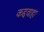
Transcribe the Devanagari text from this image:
कद्दवाहा